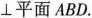
⊥平面ABD。